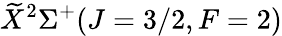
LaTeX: \widetilde{X}^{2}\Sigma^{+}(J=3/2,F=2)